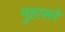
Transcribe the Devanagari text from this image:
मुहासरे